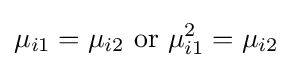
\mu _{i1}=\mu _{i2}{\text{ or }}\mu _{i1}^{2}=\mu _{i2}